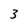
Character: 3